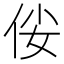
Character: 𠈤